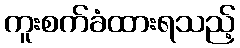
ကူးစက်ခံထားရသည့်